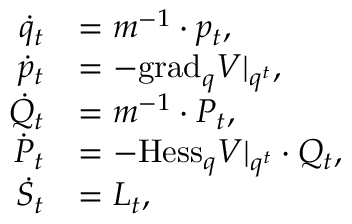
\begin{array} { r l } { \Dot { q } _ { t } } & { = m ^ { - 1 } \cdot p _ { t } , } \\ { \Dot { p } _ { t } } & { = - \mathrm { g r a d } _ { q } V | _ { q ^ { t } } , } \\ { \Dot { Q } _ { t } } & { = m ^ { - 1 } \cdot P _ { t } , } \\ { \Dot { P } _ { t } } & { = - \mathrm { H e s s } _ { q } V | _ { q ^ { t } } \cdot Q _ { t } , } \\ { \Dot { S } _ { t } } & { = L _ { t } , } \end{array}